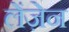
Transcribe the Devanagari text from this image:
लेंज़ेन